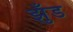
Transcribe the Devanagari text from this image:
झुँड